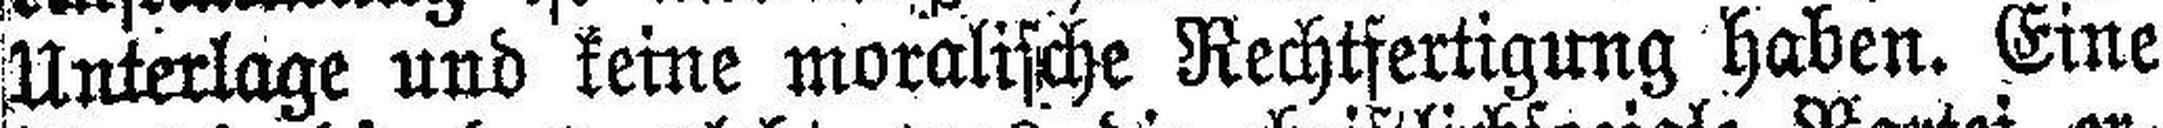
Unterlage und keine moralische Rechtfertigung haben. Eine